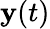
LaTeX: \mathbf{y}(t)